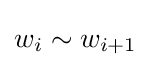
w_{i}\sim w_{i+1}